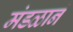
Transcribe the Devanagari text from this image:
मंडळानं